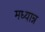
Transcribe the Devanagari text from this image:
मध्यान्न